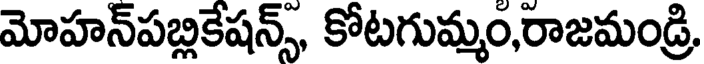
మోహన్పబ్లికేషన్స్, కోటగుమ్మం,రాజమండ్రి,